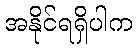
အနိုင်ရရှိပါက